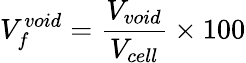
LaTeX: V_{f}^{void}=\frac{V_{void}}{V_{cell}}\times 100